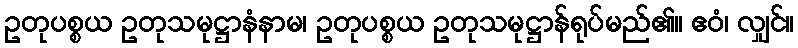
ဥတုပစ္စယ ဥတုသမုဋ္ဌာနံနာမ၊ ဥတုပစ္စယ ဥတုသမုဋ္ဌာန်ရုပ်မည်၏။ ဧဝံ၊ လျှင်။